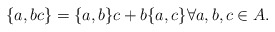
\begin{align*}\{a,bc\} = \{a,b\}c + b\{a,c\} \forall a,b,c \in A.\end{align*}